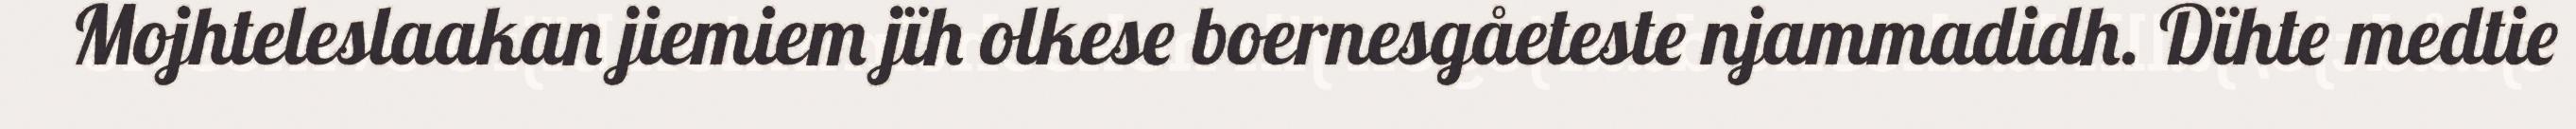
Mojhteleslaakan jiemiem jïh olkese boernesgåeteste njammadidh. Dïhte medtie